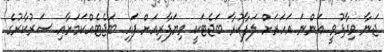
ޖަނާ ވިދާޅުވީ އަންނަ އަހަރަށް ލަފާކުރާ ބަޖެޓަކީ ވިޔަފާރިއަށް ފަހި ބަޖެޓެއްކަމަށާއި ސަރުކާރުގެ